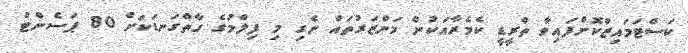
ކަސްޓަމައިޒްކޮށްފައިވާ ތްރީޑީ ކެމެރާއަކުން މަންޒަރުތައް ނެގި މި ފިލްމުގެ ގާތްގަނޑަކަށް 80 ޕަސެންޓް